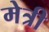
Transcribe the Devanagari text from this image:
मेत्री